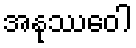
အနုဿဝေါ